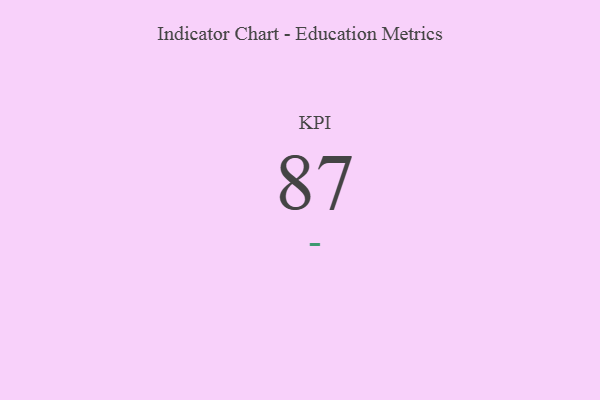
{"axis": {"x": "KPI", "y": "Value"}, "legend": [""], "data": [{"x": "KPI", "y": 87, "type": ""}]}